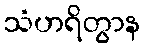
သံဟရိတွာန